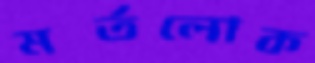
মর্তলোক